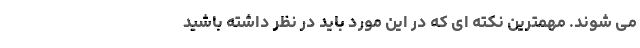
می­ شوند. مهمترین نکته­ ای که در این مورد باید در نظر داشته باشید